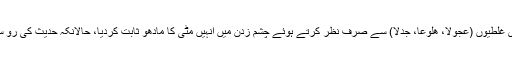
“ جبکہ فریق ثانی نے انسان کی تین بڑی غلطیوں (عجولا، ھلوعا، جدلا) سے صرف نظر کرتے ہوئے چشم زدن میں انہیں مٹی کا مادھو ثابت کردیا، حالانکہ حدیث کی رو سے بنی آدم خطاکار اور خطا کا پتلا ہیں۔